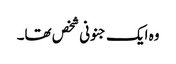
وہ ایک جنونی شخص تھا۔